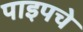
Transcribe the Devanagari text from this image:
पाइपचे